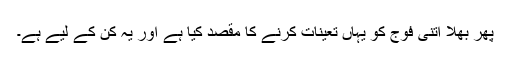
پھر بھلا اتنی فوج کو یہاں تعینات کرنے کا مقصد کیا ہے اور یہ کن کے لیے ہے۔